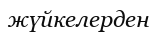
жүйкелерден